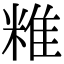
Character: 䊒